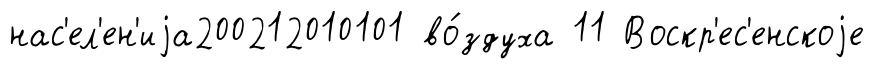
нас'ел'ен'иjа200212010101 во́здуха 11 Воскр'ес'енскоjе